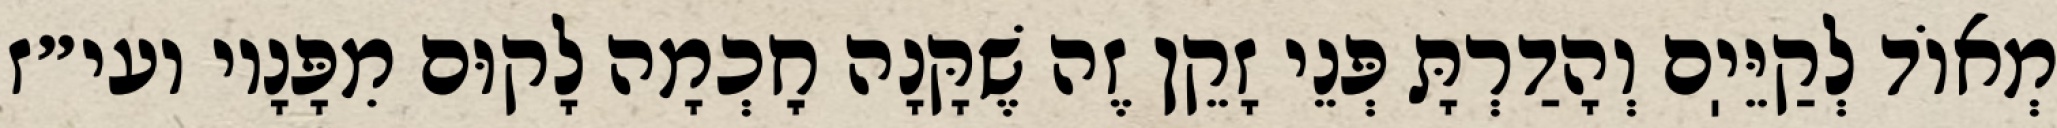
מְאוֹד לְקַיֵּיֽם וְהָדַרְתָּ פְּנֵי זָקֵן זֶה שֶׁקָּנָה חׇכְמָה לָקוּם מִפָּנָיו ועי״ז